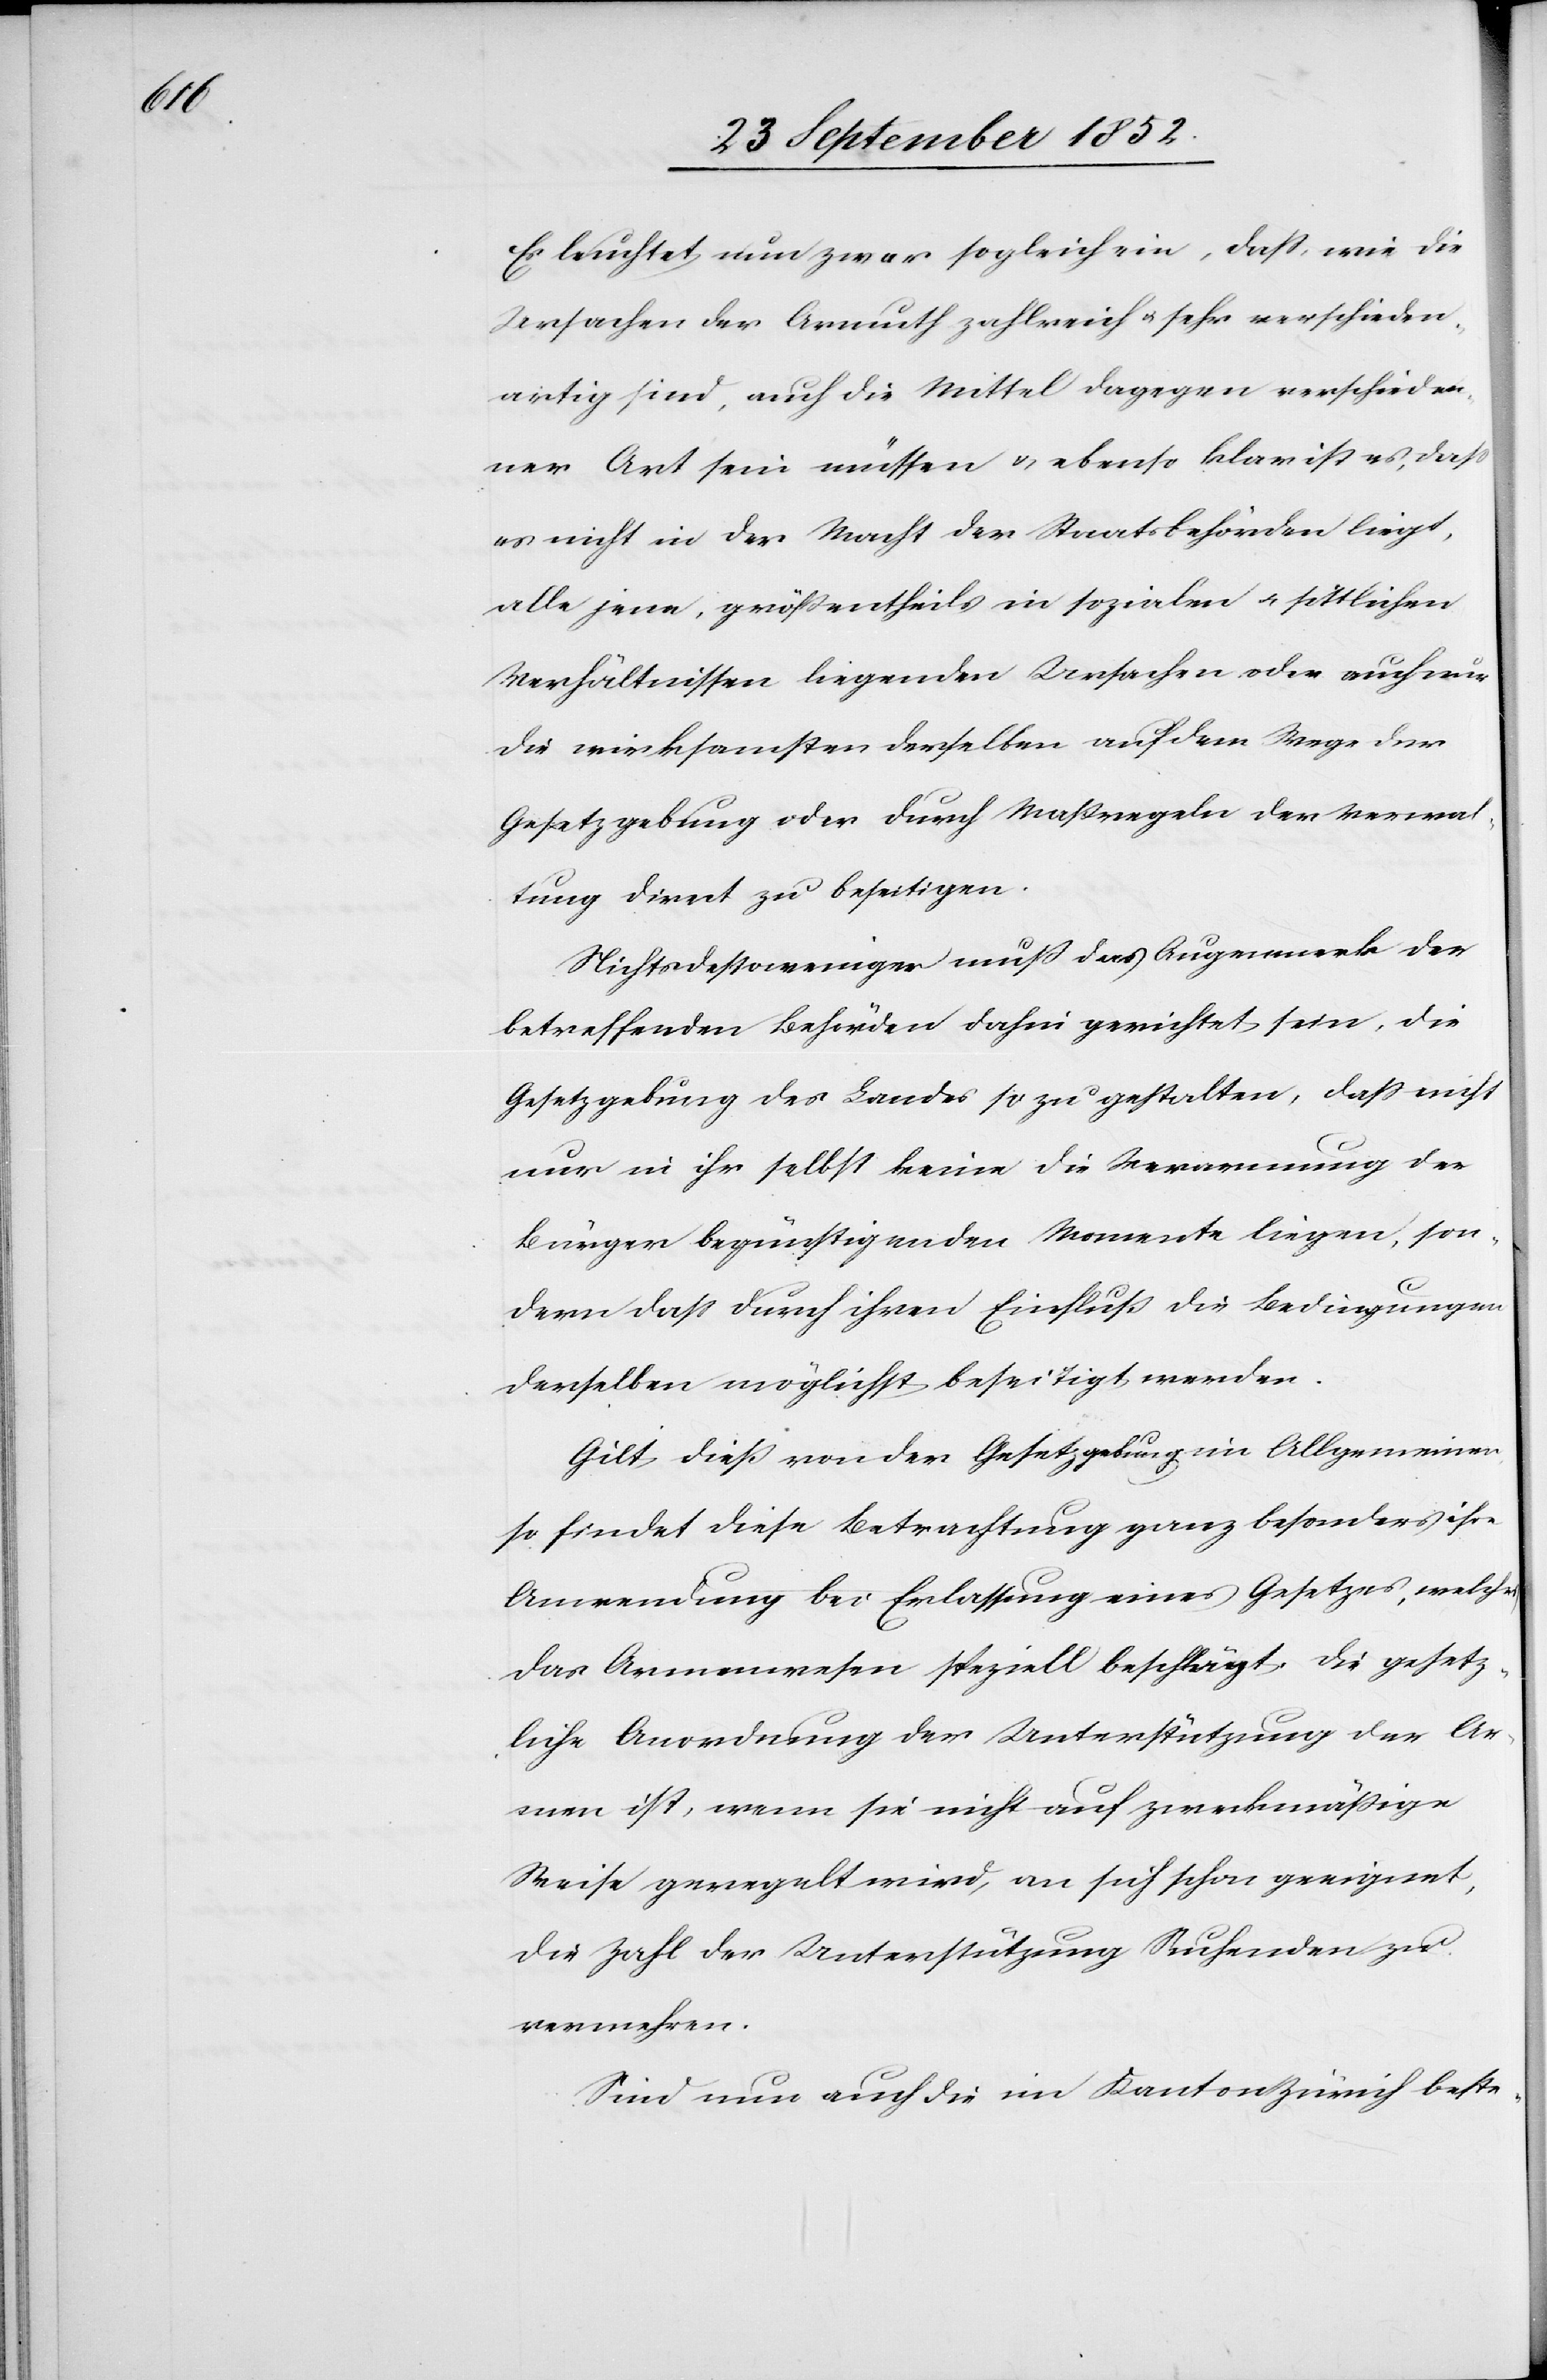
Es leuchtet nun zwar sogleich ein, dass, wie die
Ursachen der Armuth zahlreich & sehr verschieden¬
artig sind, auch die Mittel dagegen verschiedenner
Art sein müssen & ebenso klar ist es, dass
es nicht in der Macht der Staatsbehörden liegt,
alle jene, größ[t]entheils in sozialen & sittlichen
Verhältnissen liegenden Ursachen oder auch nur
die wirksamsten derselben auf dem Wege der
Gesetzgebung oder durch Maßregeln der Verwal¬
tung direct zu beseitigen.
Nichtsdestoweniger muß das Augenmerk der
betreffenden Behörden dahin gerichtet sein, die
Gesetzgebung des Landes so zu gestalten, dass nicht
nur in ihr selbst keine die Verarmung der
Bürger begünstigenden Momente liegen, son¬
dern dass durch ihren Einfluß die Bedingungen
derselben möglichst beseitigt werden.
Gilt dieß von der Gesetzgebung im Allgemeinen,
so findet diese Betrachtung ganz besonders ihre
Anwendung bei Erlassung eines Gesetzes, welches
das Armenwesen speziell beschlägt. Die gesetz¬
liche Anordnung der Unterstützung der Ar¬
men ist, wenn sie nicht auf zweckmäßige
Weise geregelt wird, an sich schon geeignet,
die Zahl der Unterstützung Suchenden zu
vermehren.
Sind nun auch die im Kanton Zürich beste-